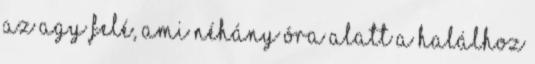
az agy felé, ami néhány óra alatt a halálhoz